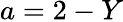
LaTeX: a=2-Y